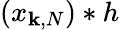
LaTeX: (x_{\mathbf{k},N})*h